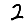
Digit: 2